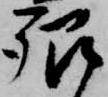
郷